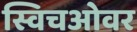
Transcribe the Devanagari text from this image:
स्विचओवर